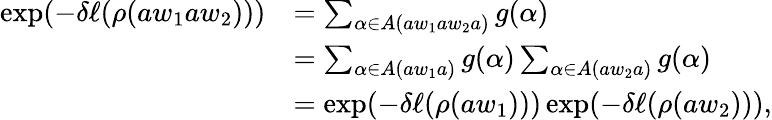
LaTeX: \begin{array}{rl}{\exp(-\delta\ell(\rho(aw_{1}aw_{2})))}&{=\sum_{\alpha\in A(aw_{1}aw_{2}a)}g(\alpha)}\\ &{=\sum_{\alpha\in A(aw_{1}a)}g(\alpha)\sum_{\alpha\in A(aw_{2}a)}g(\alpha)}\\ &{=\exp(-\delta\ell(\rho(aw_{1})))\exp(-\delta\ell(\rho(aw_{2}))),}\end{array}